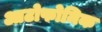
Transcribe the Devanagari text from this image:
आटोफोनिक